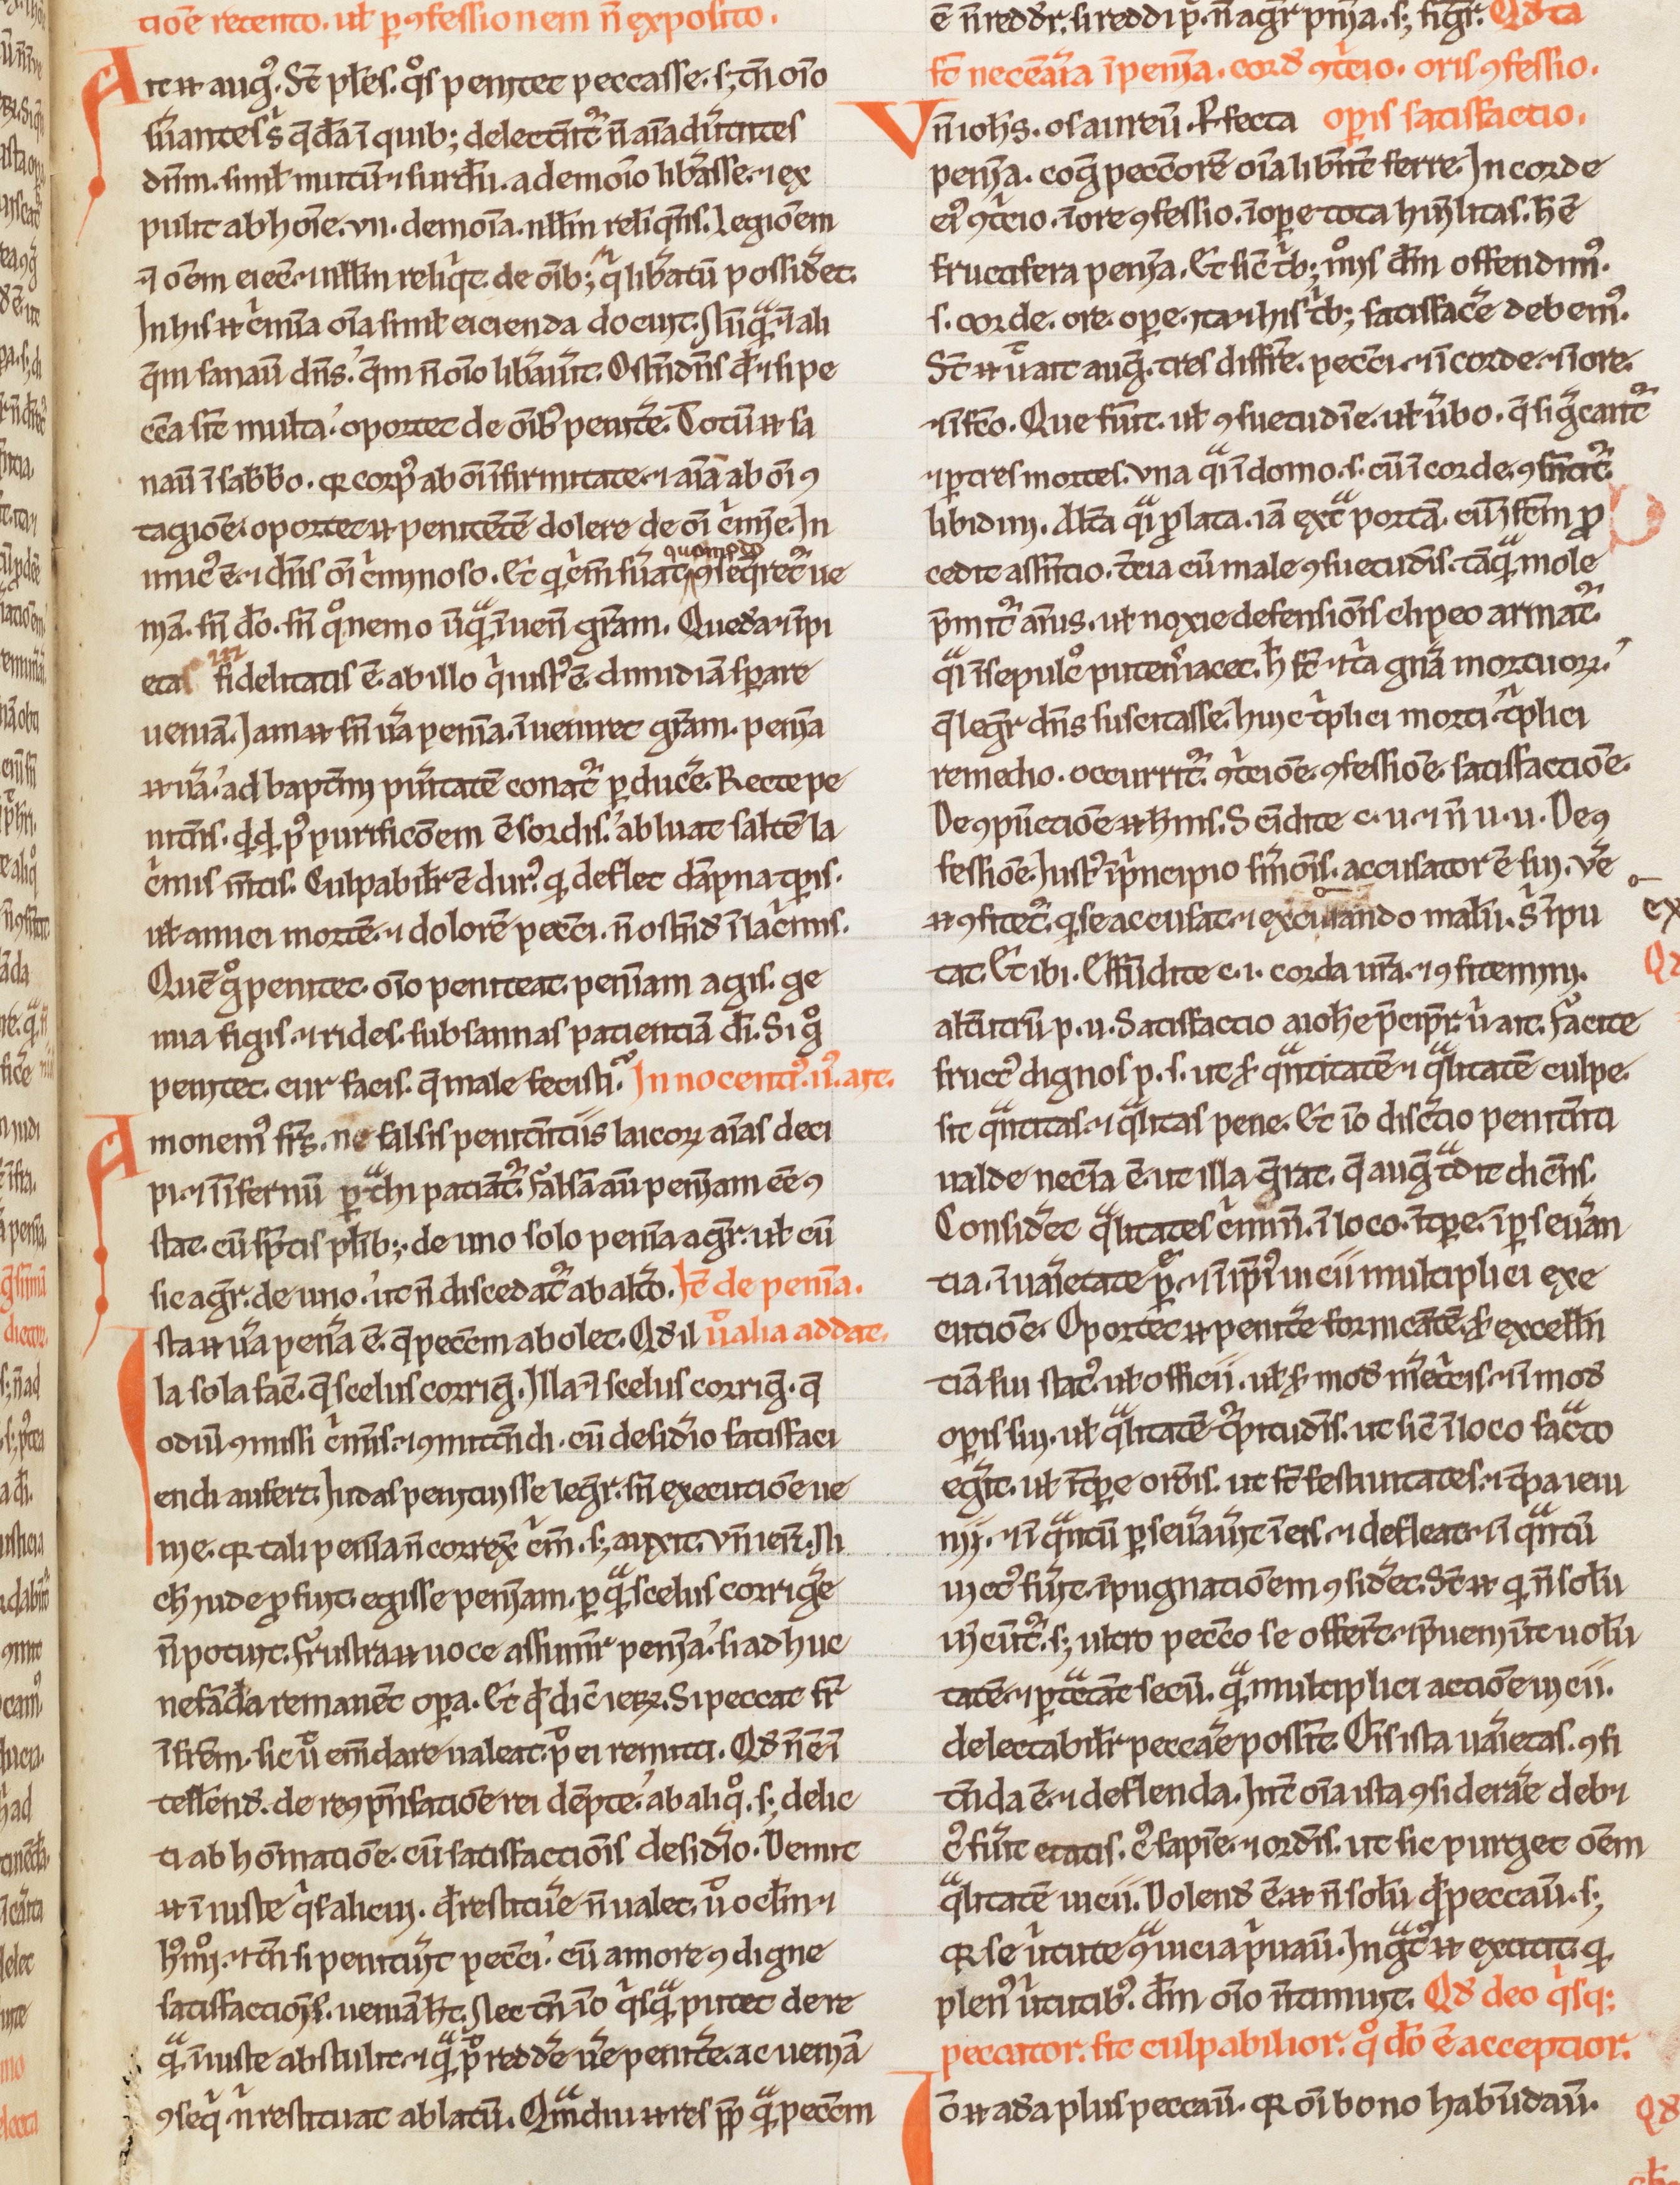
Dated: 1200–1230